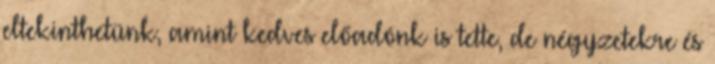
eltekinthetünk, amint kedves előadónk is tette, de négyzetekre és